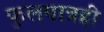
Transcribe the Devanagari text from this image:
फुलपात्रही